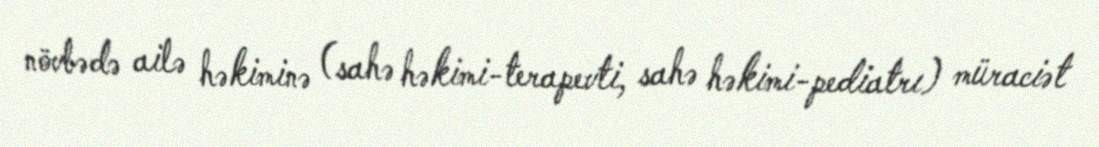
növbədə ailə həkiminə (sahə həkimi-terapevti, sahə həkimi-pediatrı) müraciət